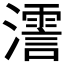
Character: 𤁳